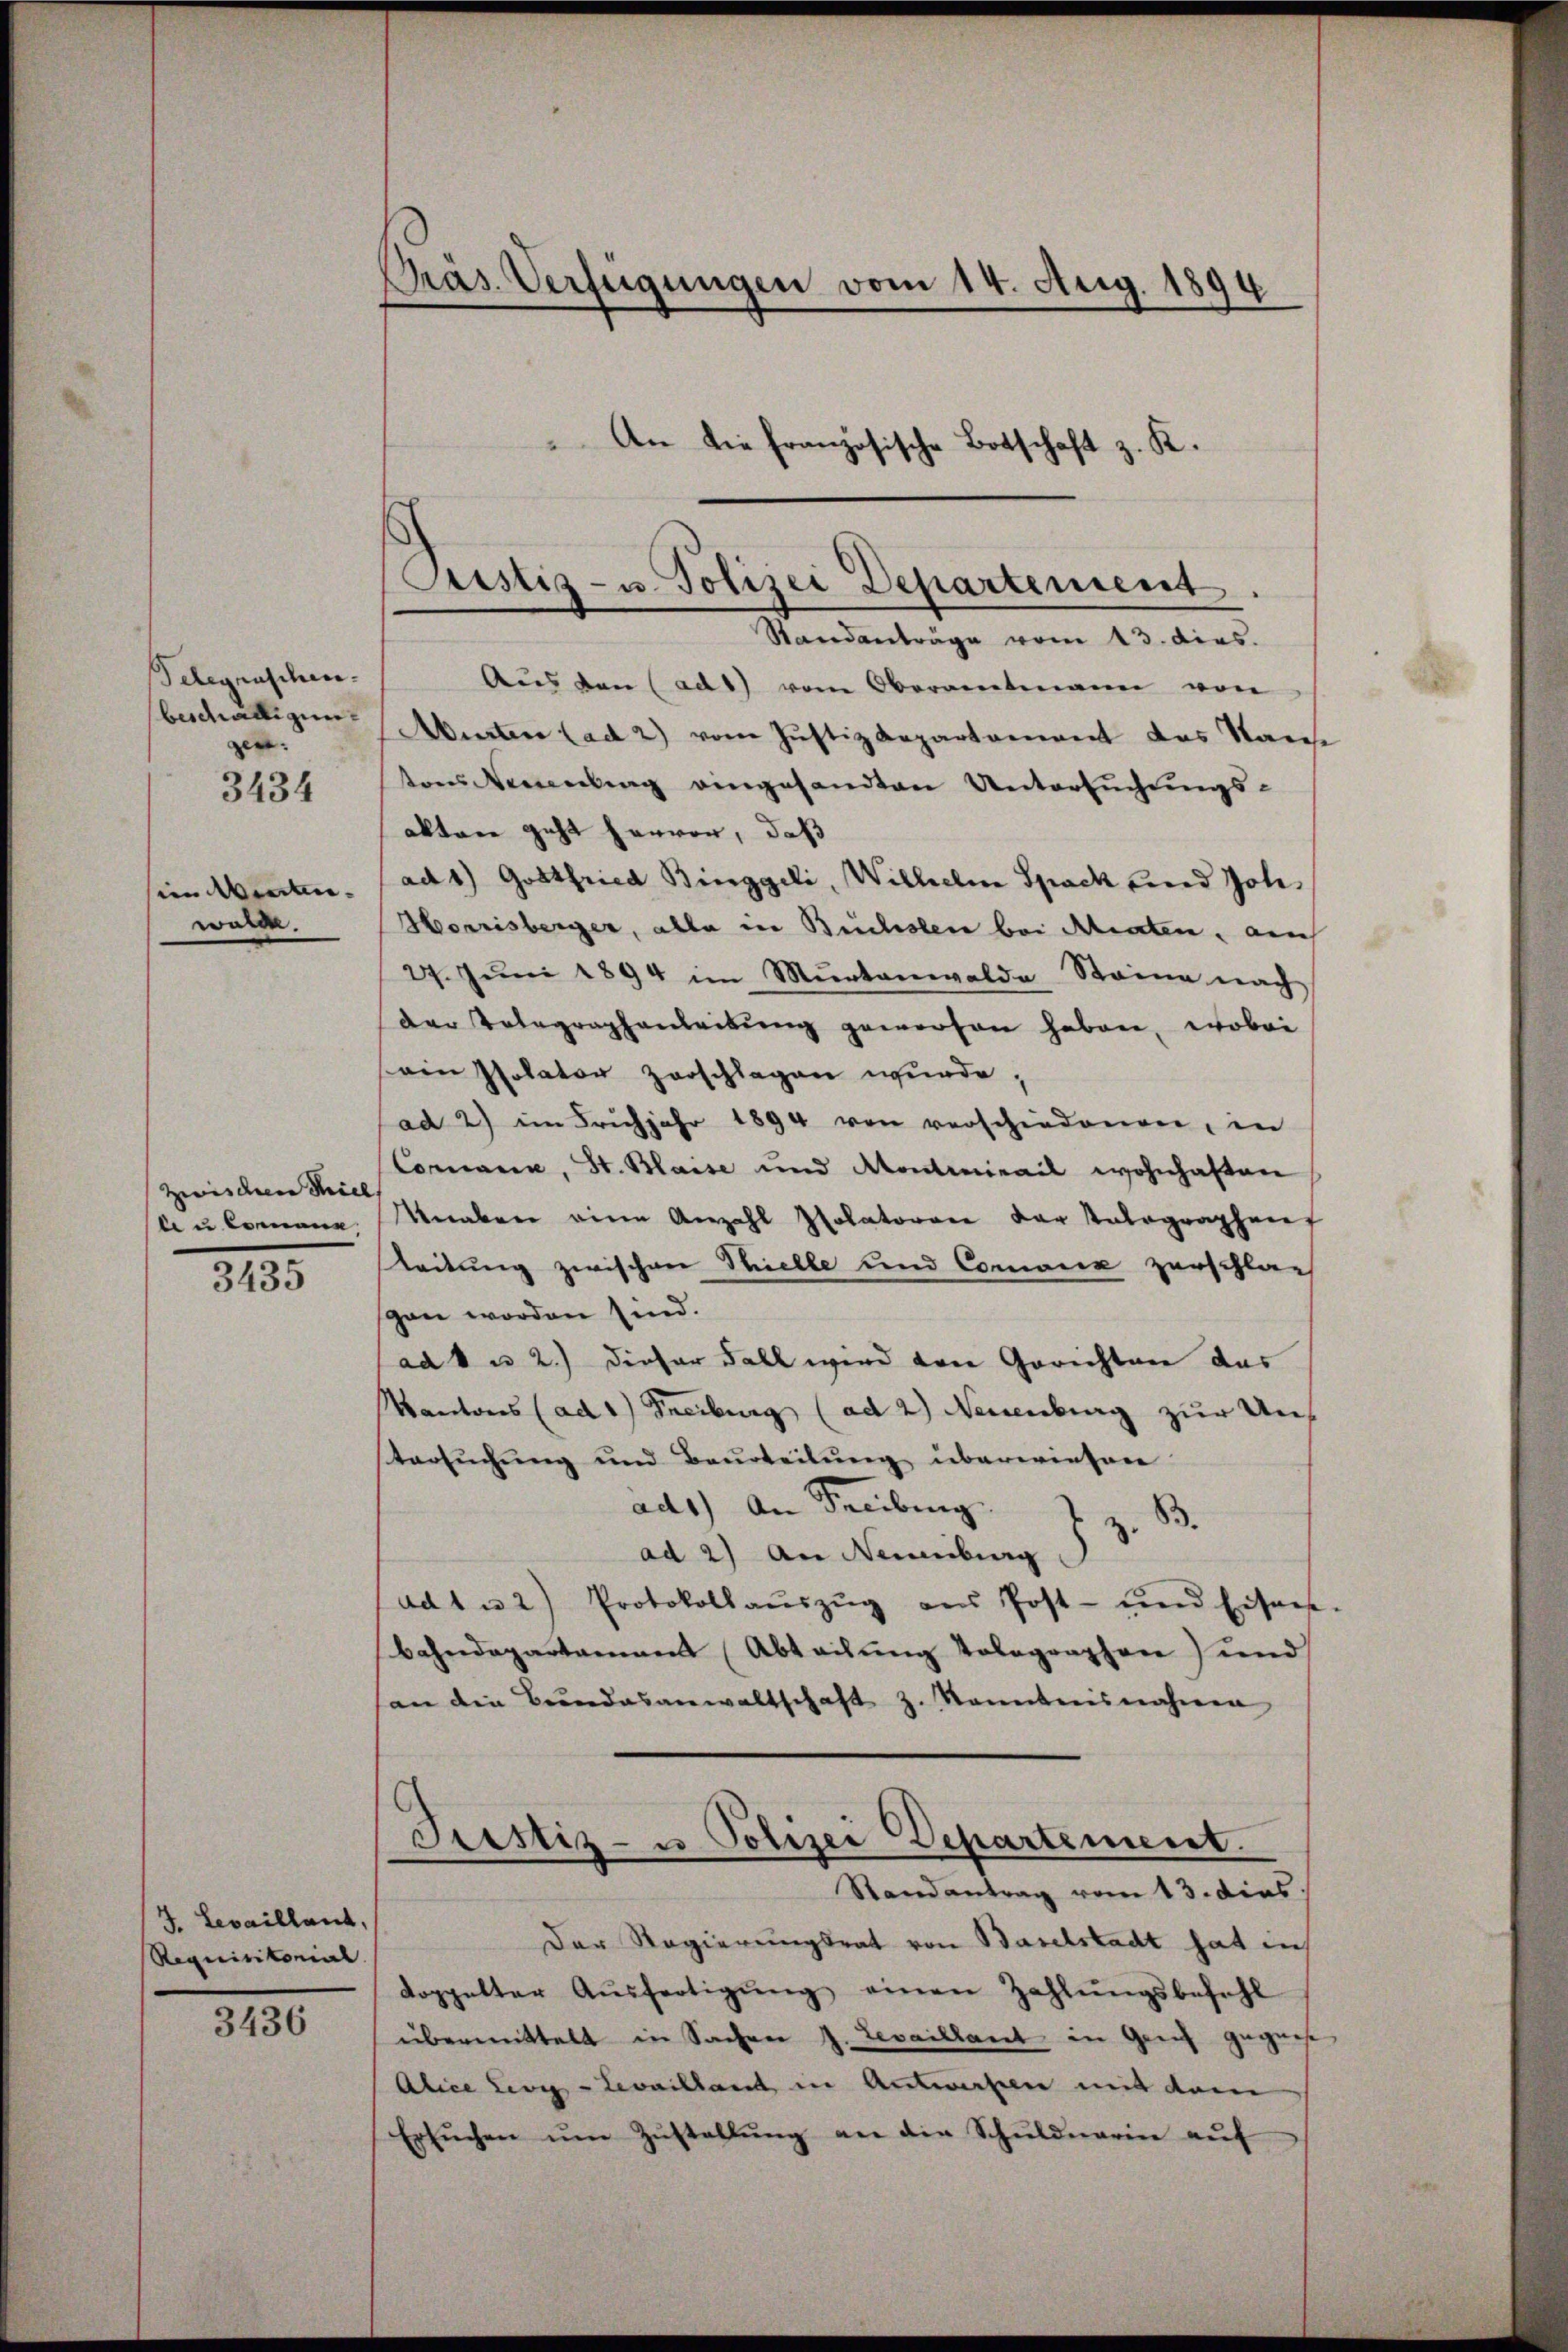
Belegraschen.
gen.
3434

im Winten.
wolle.

Zwischen Thiel
le u. kommene

3435

J. Levailland,
Requisitorial. |

3436

Präs. Verfügungen vom 14. Aug. 1894
An die französische Botschaft z. K.

Pustiz- u. Polizei Departement.

Standanträge vom 13. dies.
Aŭs den (ad1) vom Oberamtmann von
beschäftigen Aberten (ad 2) vom Justizdepartament des San
tons Neuenburg eingesandten Untersuchungs-
akten geht hervor, daß
ad 1) Gottfried Binggeli, Wilhelm Spack und Joh.
Horrisberger, alle in Buchsten bei Miaten, auch
27. Jŭni 1894 im Mŭrtanwalde Steine nach
der Volagraphenleitŭng geworfen haben, wobei
ein Polator zerschlagen wurde,
ad 2) im Frühjahr 1894 von verschiedenen, in
Connance, St. Blaise und Montiniail wohnhaften
Knaben eine Anzahl solatorene der Patographens
leitung zwischen Thielle und Comie zerschlag
gen worden sind.
ad 1 u 2.) dieser Fall wird den Gerichter das
Kantons (ad 1) Freiburg (ad 2) Neuenburg zur Untersuchung und Beurteilung überwiesen
ad1) An Freiburg z. B.
ad 2) An Neuenburg
ad 1 u 2) Protokollaŭszŭg aŭs Post- und Eisens
Bahndepartamans Abteilung tolographen) und
san die Bundesanwaltschaft z. Kenntnisnahmen
Prestiz- u Polizei Departement.
Randantrag vom 13. dies
Der Regierungsrat von Baselstadt hat in
doppelter Aŭsfertigŭng einen Zahlŭngsbefehl
übermittelt in Sachen J. Levaillant in Geiz gegens
Alice ewig Levilland in Antworfen mit dann
Ersŭchen ŭm Zŭstallŭng an die Schŭldnarin aŭf